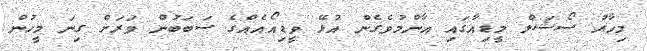
މިހާރު ސޯޝަލް މީޑިއާގައި އާންމުވެގެން އުޅޭ ވީޑިއޯއެއްގެ ސަބަބުން ވަރަށް ގިނަ މީހުން